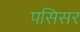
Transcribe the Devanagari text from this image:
पसिसर